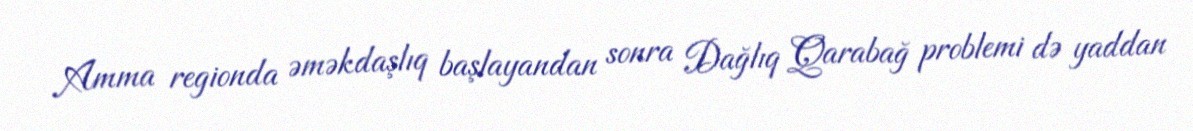
Amma regionda əməkdaşlıq başlayandan sonra Dağlıq Qarabağ problemi də yaddan